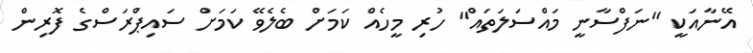
އޭނާއަކީ "ނަފްސާނީ މައްސަލަތައް" ހުރި މީހެއް ކަމަށް ބެލެވޭ ކަމަށް ސައިޕްރަސްގެ ފޮރިން